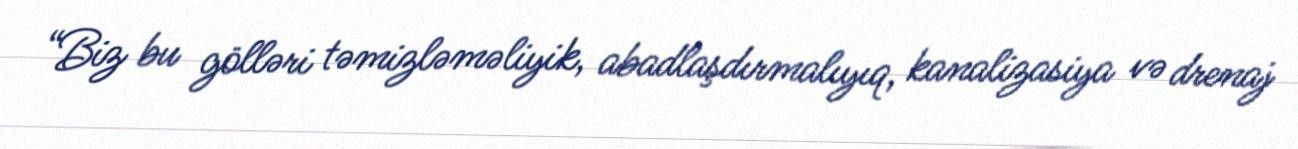
“Biz bu gölləri təmizləməliyik, abadlaşdırmalıyıq, kanalizasiya və drenaj